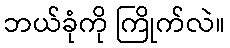
ဘယ်ခုံကို ကြိုက်လဲ။